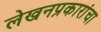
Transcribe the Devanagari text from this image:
लेखनप्रकारांचा